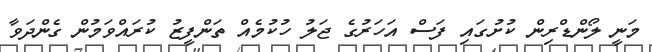
މަނީ ލޯންޑްރިން ކުށުގައި ފަސް އަހަރުގެ ޖަލު ހުކުމެއް ތަންފީޒު ކުރައްވަމުން ގެންދަވާ